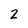
Character: 2